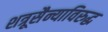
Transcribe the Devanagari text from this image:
शत्रूसैन्याविरुद्ध